Annual statistical returns and brief notes on vaccination in Bengal - 1887-1898
Year: 1887
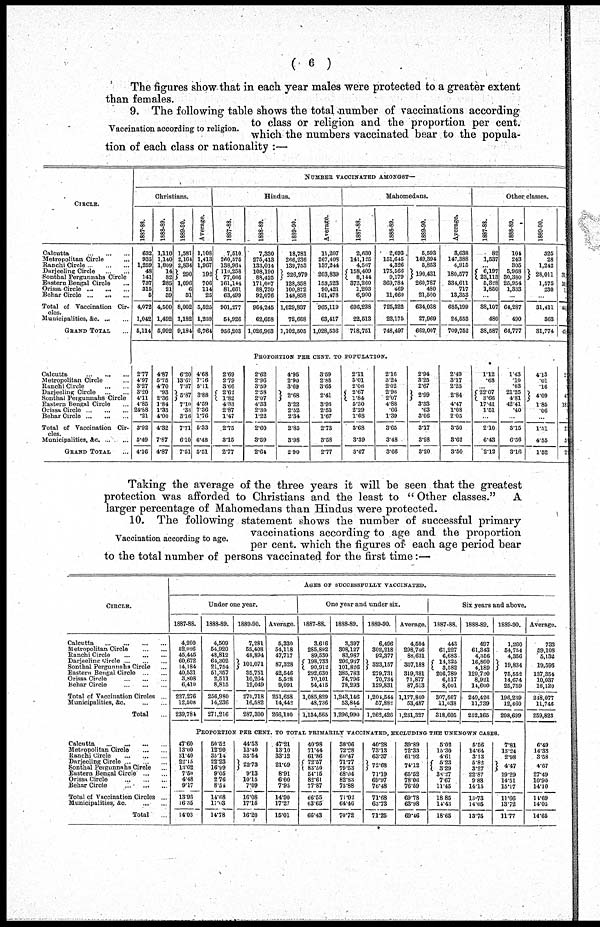
( 6 )
The figures show that in each year males were protected to a greater extent
than females.
Vaccination according to religion.
9. The following table shows the total number of vaccinations according
to class or religion and the proportion per cent.
which the numbers vaccinated bear to the popula-
tion of each class or nationality :—
CIRCLE.
Calcutta
...
...
...
Metropolitan Circle
...
Ranchi Circle
...
...
...
Darjeeling Circle
...
...
Sonthal Pergunnahs Circle
Eastern Bengal Circle ...
Orissa Circle
...
...
...
Behar Circle
...
...
...
Total of Vaccination Cir-
cles.
Municipalities, &c. ... ...
GRAND TOTAL ...
Calcutta
...
...
...
Metropolitan Circle ...
Ranchi Circle
...
...
Darjeeling Circle
...
...
Sonthal Pergunnahs Circle
Eastern Bengal Circle ...
Orissa Circle
...
...
...
Behar Circle
...
...
...
Total of Vaccination Cir-
-----
Municipalities, & c . ... ... ...
GRAND TOTAL ...
NUMBER VACCINATED AMONGST—
Christians.
1887-88.
632
935
1,259
48
141
737
315
5
4,072
1,042
5,114
1888-89.
1,110
1,140
1,809
14
82
285
21
39
4,500
1,492
5,992
1889-90.
1,581
2,164
2,834
290
1,096
6
31
8,002
1,182
9,184
Average.
1,108
1,413
1,967
192
706
114
25
5,525
1,239
6,764
Hindus.
1887-88.
7,510
260,575
138,964
110,258
77,666
161,144
81,661
63,499
901,277
54,926
956,203
1888-89.
7,330
275,413
133,014
108,190
88,425
171,067
88,730
92,076
964,245
62,658
1,026,903
1889-90.
18,781
266,236
139,753
226,979
128,358
100,872
148,858
1,029,837
72,668
1,102,505
Average.
11,207
267,408
137,244
203,839
153,523
90,421
101,478
965,119
63,417
1,028,536
Mahomedans.
1887-88.
2,630
141,125
4,567
158,409
8,144
373,260
1,203
6,900
696,238
22,513
718,751
1888-89.
2,693
151,645
4,326
175,566
9,179
369,784
469
11,660
725,322
23,175
748,497
1889-90.
5,593
149,394
5,853
190,431
260,787
480
21,500
634,038
27,969
662,007
Average.
3,638
147,388
4,915
180,577
334,611
717
13,353
685,199
24,553
709,752
Other classes.
1887-88.
82
1,537
...
6,197
23,113
5,328
1,850
...
38,107
480
38,587
1888-89.
104
243
305
5,968
30,380
25,954
1,333
...
64,287
490
64,777
1889-90.
325
28
1,242
28,011
1,575
230
...
31,411
363
31,774
31
10
1
...
44
45
PROPORTION PER CENT. TO POPULATION.
2.77
4.97
3.27
3.20
4.11
4.85
24.88
.21
3.92
5.49
4.16
4.87
5.75
4.70
.93
2.36
1.84
1.33
4.00
4.32
7.87
4.87
6.20
13.67
7.37
5.87
7.10
.33
3.16
7.71
6.10
7.51
4.68
7.76
5.11
3.88
4.59
7.36
1.76
5.33
6.48
5.51
2.69
2.79
3.66
2.62
1.82
4.33
2.87
1.47
2.75
3.15
2.77
2.62
2.96
3.59
2.58
2.07
4.33
2.30
1.22
2.60
3.59
2.64
4.95
2.90
3.69
2.68
3.22
2.52
2.34
2.85
3.98
2.90
3.59
2.88
3.65
2.41
3.95
2.53
1.67
2.73
3.58
2.77
2.11
3.01
2.06
2.67
1.84
5.30
2.29
1.68
3.68
3.39
3.67
2.16
3.24
2.02
2.96
2.07
4.88
.66
1.39
3.65
3.48
3.66
2.94
3.25
2.67
2.99
3.33
.63
3.06
3.17
3.98
3.20
2.49
3.17
2.25
2.84
4.47
1.08
2.05
3.50
3.62
3.50
1.12
.68
...
22.07
3.66
17.41
1.51
...
2.10
6.43
2.12
1.43
.10
.03
21.25
4.81
42.41
.40
...
3.15
6.56
3.16
4.13
.01
.16
4.09
1.85
.06
...
1.51
4.55
1.52
2.
4
18
...
2
5
2
Taking the average of the three years it will be seen that the greatest
protection was afforded to Christians and the least to " Other classes." A
larger percentage of Mahomedans than Hindus were protected.
Vaccination according to age.
10. The following statement shows the number of successful primary
vaccinations according to age and the proportion
per cent. which the figures of each age period bear
to the total number of persons vaccinated for the first time:—
CIRCLE.
Calcutta
... ... ... ...
Metropolitan Circle
...
...
Ranchi Circle
...
...
...
Darjeeling Circle
...
...
...
Sonthal Pergunnahs Circle ...
Eastern Bengal Circle
...
...
Orissa Circle
...
...
...
Behar Circle
...
...
...
Total of Vaccination Circles ...
Municipalities, &c. ...
Total ...
Calcutta
...
...
...
...
Metropolitan Circle
...
...
Ranchi Circle
...
...
...
Darjeeling Circle
...
...
...
Sonthal Pergunnahs Circle ...
Eastern Bengal Circle
Orissa Circle
...
...
...
Behar Circle
...
...
...
Total of Vaccination Circles ...
Municipalities. &c.
...
...
Total ...
AGES OF SUCCESSFULLY VACCINATED.
Under one year.
1887-88.
4,200
52,026
45,445
60,672
14,184
40,531
3,808
6,410
227,276
12,508
239,784
1888-89.
4,509
54,920
48,812
64,302
21,754
51,357
2,511
8,815
256,980
14,236
271,216
1889-90.
7,281
55,408
48,894
101,071
35,751
10,264
12,049
270,718
16,582
287,300
Average.
5,330
54,118
47,717
87,328
42,546
5,528
9,091
251,658
41,442
266,100
One year and under six.
1887-88.
3,616
285,892
89,530
198,733
90,912
292,630
70,101
54,415
1,085,829
48,736
1,134,565
1888-89.
3,397
308,127
83,987
206,937
101,826
385,783
74,796
78,293
1,243,146
53,844
1,296,990
1889-90.
6,496
302,218
92,377
323,157
279,731
70,734
129,831
1,204,544
57,882
1,262,426
Average.
4,504
298,746
83,631
307,188
319,381
71,877
87,513
1,177,840
53,487
1,231,327
Six years and above.
1887-88.
443
61,227
6,683
14,325
3,582
206,789
6,517
8,001
307,567
11,038
318,605
1888-89.
497
61,343
4,356
16,800
4,189
129,720
8,921
14,600
240,426
11,739
252,165
1889-90.
1,260
54,754
4,356
19,834
75,552
14,674
25,759
196,239
12,460
208,699
PROPORTION PER CENT. TO TOTAL PRIMARILY VACCINATED, EXCLUDING THE UNKNOWN CASES.
47.60
13.00
31.40
22.15
13.02
7.59
4.48
9.17
13.93
16.35
14.03
50.52
12.90
35.14
22.23
16.99
9.05
2.76
8.54
14.68
17.03
14.78
44.53
13.40
33.54
22.73
9.13
10.15
7.09
16.08
17.15
16.20
47.21
13.10
33.12
21.09
8.91
6.00
7.95
14.90
17.27
15.01
40.98
71.44
61.86
72.57
83.50
54.15
82.61
77.87
66.55
63.65
66.43
38.06
72.28
60.47
71.77
79.53
68.04
82.83
75.88
71.02
64.46
70.72
40.28
73.13
63.37
72.68
71.19
69.97
76.48
71.68
63.73
71.25
39.89 72.33
61.92
74.12 65.52 78.06 76.59
69.78
63.98
69.46
5.02
15.30
4.61
5.23
3.29
38.27
7.67
11.45
18.85
14.43
18.65
5.56
14.64
3.13
5.82
3.27
22.87
9.88
14.15
13.73
14.05
13.75
7.81
13.24
2.98
4.47
19.29
14.51
15.17
11.66
13.72
11.77
Average.
733
59,108
5,132
19,593
137,354
10,037
16,120
218,077
11,746
259,823
6.49
14.33
3.58
4.67
27.49
10.90
14.10
14.69
14.05
14.65